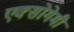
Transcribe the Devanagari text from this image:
एक्सोगेमी